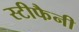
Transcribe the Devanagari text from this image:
स्टीफैनी